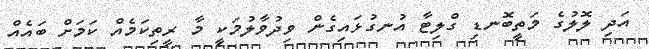
އަދި ލޮލުގެ މަތީބޮނޑި ގްލިޓާ އުނގުޅައިގެން ވިދުވާލުމަކީ މާ ރީތިކަމެއް ކަމަށް ބައެއް